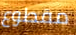
مقطوع